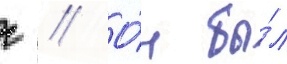
г // О́н бы́л